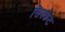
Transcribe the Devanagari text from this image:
सिपकेट